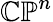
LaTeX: \mathbb{CP}^{n}